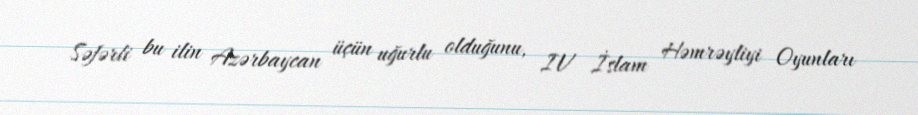
Səfərli bu ilin Azərbaycan üçün uğurlu olduğunu, IV İslam Həmrəyliyi Oyunları